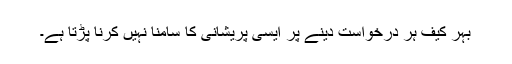
بہر کیف ہر درخواست دینے پر ایسی پریشانی کا سامنا نہیں کرنا پڑتا ہے۔